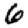
Digit: 6